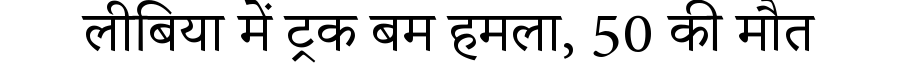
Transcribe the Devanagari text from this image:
लीबिया में ट्रक बम हमला, 50 की मौत